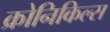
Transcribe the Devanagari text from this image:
क्रोनिकिल्स